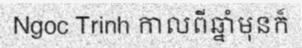
Ngoc Trinh កាលពីឆ្នាំមុនក៏